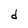
Character: d